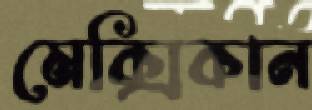
মেক্সিকান